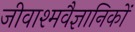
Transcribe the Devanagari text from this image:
जीवाश्मवैज्ञानिकों